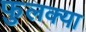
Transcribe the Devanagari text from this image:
फुलक्या